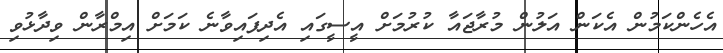
އެހެންކަމުން އެކަން އަލުން މުރާޖައާ ކުރުމަށް އީސީގައި އެދިފައިވާނެ ކަަމަށް އިމްރާން ވިދާޅުވި